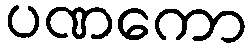
ပဏကော